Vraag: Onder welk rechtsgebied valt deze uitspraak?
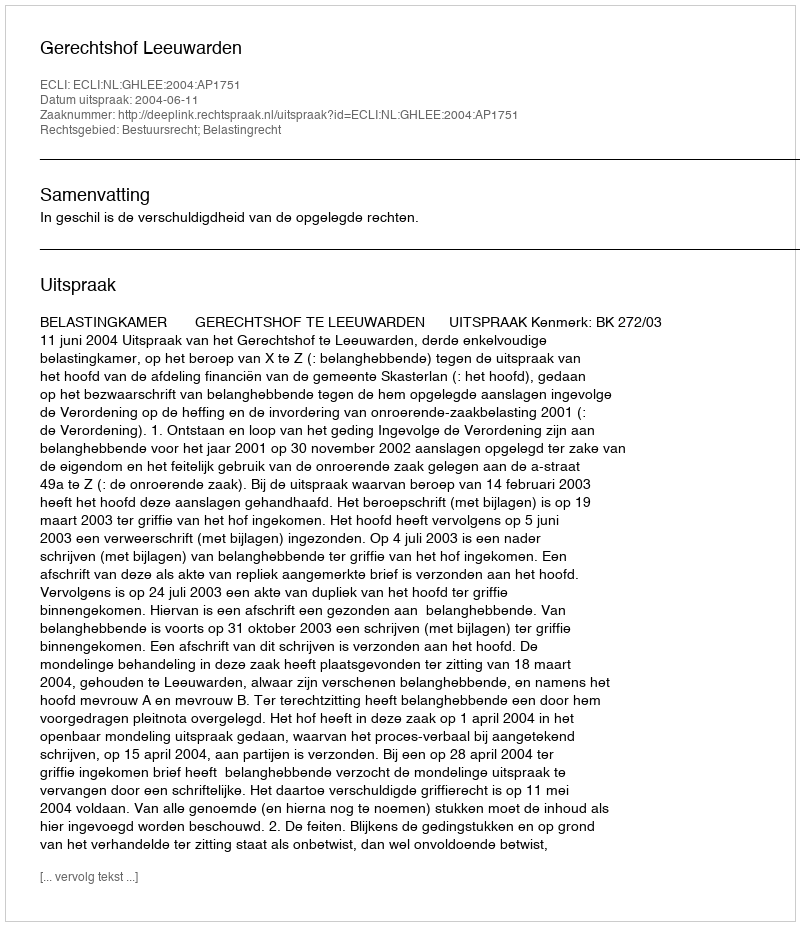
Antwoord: Bestuursrecht; Belastingrecht